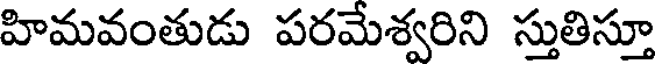
హిమవంతుడు పరమేశ్వరిని స్తుతిస్తూ